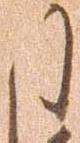
た